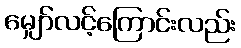
မျှော်လင့်ကြောင်းလည်း